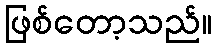
ဖြစ်တော့သည်။